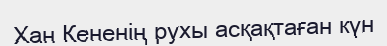
Хан Кененiң рухы асқақтаған күн